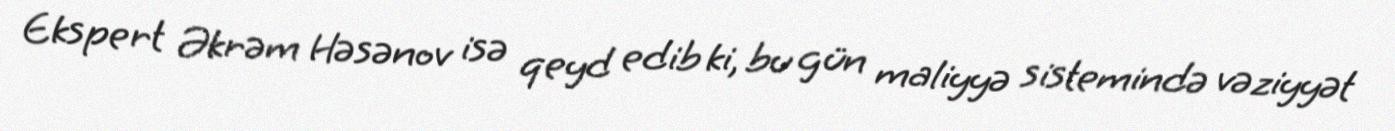
Ekspert Əkrəm Həsənov isə qeyd edib ki, bu gün maliyyə sistemində vəziyyət